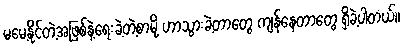
မမေ့နိုင်တဲ့အဖြစ်နဲ့ရေးခဲ့တဲ့စာမို့ ဟာသွားခဲ့တာတွေ ကျန်နေတာတွေ ရှိခဲ့ပါတယ်။